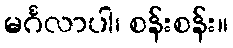
မင်္ဂလာပါ၊ စန်းစန်း။